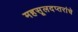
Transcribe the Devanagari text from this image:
महसूलदप्तरांचे